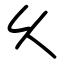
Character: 乆